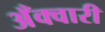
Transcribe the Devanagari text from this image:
अँक्वारी